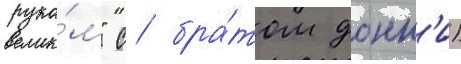
рука́м" с бра́том донн'и)